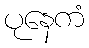
ပုနေကံ